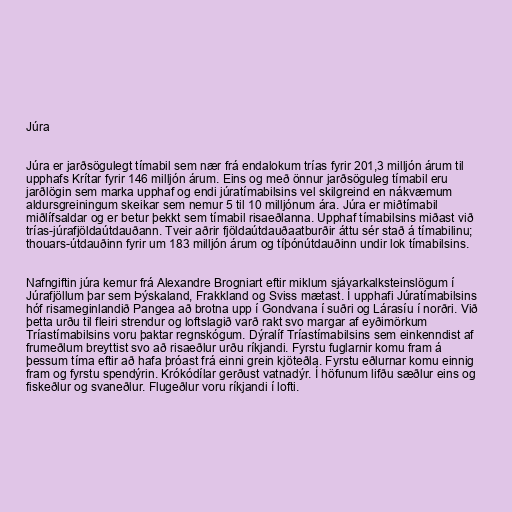
Júra

Júra er jarðsögulegt tímabil sem nær frá endalokum trías fyrir 201,3 milljón árum til
upphafs Krítar fyrir 146 milljón árum. Eins og með önnur jarðsöguleg tímabil eru
jarðlögin sem marka upphaf og endi júratímabilsins vel skilgreind en nákvæmum
aldursgreiningum skeikar sem nemur 5 til 10 milljónum ára. Júra er miðtímabil
miðlífsaldar og er betur þekkt sem tímabil risaeðlanna. Upphaf tímabilsins miðast við
trías-júrafjöldaútdauðann. Tveir aðrir fjöldaútdauðaatburðir áttu sér stað á tímabilinu;
thouars-útdauðinn fyrir um 183 milljón árum og tíþónútdauðinn undir lok tímabilsins.

Nafngiftin júra kemur frá Alexandre Brogniart eftir miklum sjávarkalksteinslögum í
Júrafjöllum þar sem Þýskaland, Frakkland og Sviss mætast. Í upphafi Júratímabilsins
hóf risameginlandið Pangea að brotna upp í Gondvana í suðri og Lárasíu í norðri. Við
þetta urðu til fleiri strendur og loftslagið varð rakt svo margar af eyðimörkum
Tríastímabilsins voru þaktar regnskógum. Dýralíf Tríastímabilsins sem einkenndist af
frumeðlum breyttist svo að risaeðlur urðu ríkjandi. Fyrstu fuglarnir komu fram á
þessum tíma eftir að hafa þróast frá einni grein kjöteðla. Fyrstu eðlurnar komu einnig
fram og fyrstu spendýrin. Krókódílar gerðust vatnadýr. Í höfunum lifðu sæðlur eins og
fiskeðlur og svaneðlur. Flugeðlur voru ríkjandi í lofti.